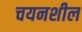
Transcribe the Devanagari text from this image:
चयनशील